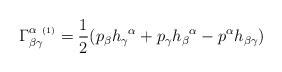
LaTeX: \begin{align*}\Gamma^{\alpha\ {\scriptscriptstyle (1)}}_{\beta\gamma} =\frac{1}{2} (p_\beta h_\gamma{}^\alpha + p_\gamma h_\beta{}^\alpha- p^\alpha h_{\beta\gamma})\end{align*}